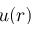
u ( r )